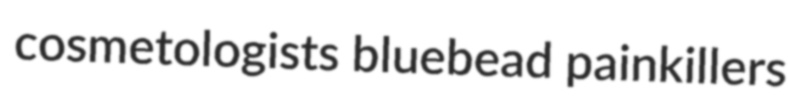
cosmetologists bluebead painkillers